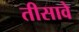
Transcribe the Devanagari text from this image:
तीसावे